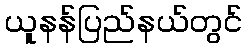
ယူနန်ပြည်နယ်တွင်